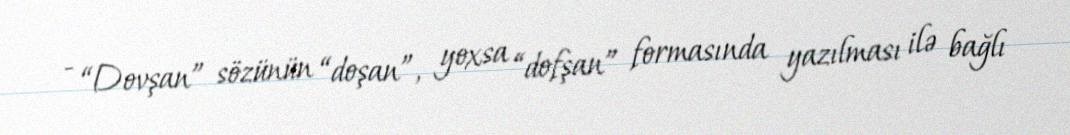
- “Dovşan” sözünün “doşan”, yoxsa “dofşan” formasında yazılması ilə bağlı